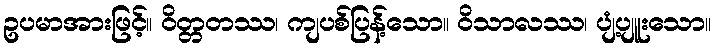
ဥပမာအားဖြင့်။ ဝိတ္တတဿ၊ ကျပစ်ပြန့်သော။ ဝိသာလဿ၊ ပျံ့ပျူးသော။